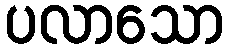
ပလာသော